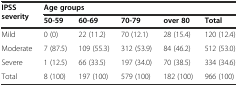
<table><thead><tr><td rowspan="2"><b>IPSS severity</b></td><td colspan="5"><b>Age groups</b></td></tr><tr><td><b>50-59</b></td><td><b>60-69</b></td><td><b>70-79</b></td><td><b>over 80</b></td><td><b>Total</b></td></tr></thead><tbody><tr><td>Mild</td><td>0 (0)</td><td>22 (11.2)</td><td>70 (12.1)</td><td>28 (15.4)</td><td>120 (12.4)</td></tr><tr><td>Moderate</td><td>7 (87.5)</td><td>109 (55.3)</td><td>312 (53.9)</td><td>84 (46.2)</td><td>512 (53.0)</td></tr><tr><td>Severe</td><td>1 (12.5)</td><td>66 (33.5)</td><td>197 (34.0)</td><td>70 (38.5)</td><td>334 (34.6)</td></tr><tr><td>Total</td><td>8 (100)</td><td>197 (100)</td><td>579 (100)</td><td>182 (100)</td><td>966 (100)</td></tr></tbody></table>